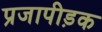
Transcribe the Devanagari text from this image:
प्रजापीड़क